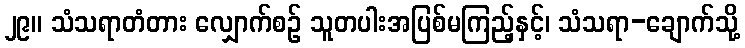
၂၉။ သံသရာတံတား လျှောက်စဉ် သူတပါးအပြစ်မကြည့်နှင့်၊ သံသရာ-ချောက်သို့